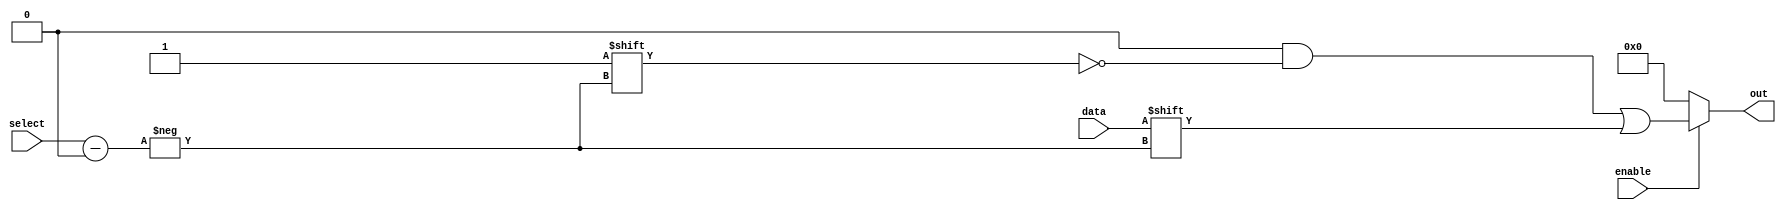
module parameterized_demux #(parameter N = 4) (
    input wire data,                // Data input
    input wire [$clog2(N)-1:0] select,   // Select input, log2(N) bits wide
    input wire enable,              // Enable input
    output reg [N-1:0] out         // Output lines, N bits wide
);

    // Initializing the output lines to zero
    initial begin
        out = 0;
    end

    // Combinatorial logic for demultiplexer functionality
    always @(*) begin
        if (enable) begin
            out = 0; // Reset all output lines to zero when enabled
            out[select] = data; // Set the selected output line to the data input
        end else begin
            out = 0; // All outputs are zero when disabled
        end
    end

endmodule